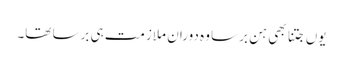
یوں جتنا بھی ہن برسا وہ دوران ملازمت ہی برسا تھا۔